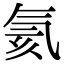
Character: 氦